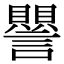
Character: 譻